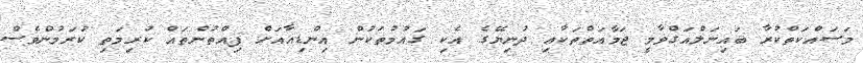
މަސައްކަތްކުރާ ބައިނަލްއަގްވާމީ ޖަމާއަތްތަކާއި ދުނިޔޭގެ އެކި ގައުމުތަކުން އިންޑިއާއަށް ފިއްތުންތައް ކުރިމަތި ކުރަމުންވެސް